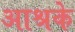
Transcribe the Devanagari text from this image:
आश्रके